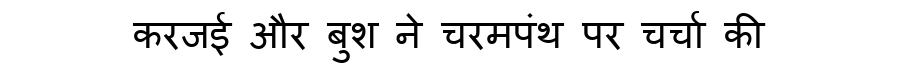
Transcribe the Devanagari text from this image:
करजई और बुश ने चरमपंथ पर चर्चा की